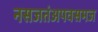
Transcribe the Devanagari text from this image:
नसजतंअपवसमज